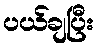
ပယ်ချပြီး